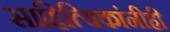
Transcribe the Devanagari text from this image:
साहित्यिकांनीही